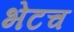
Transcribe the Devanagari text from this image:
भेटच